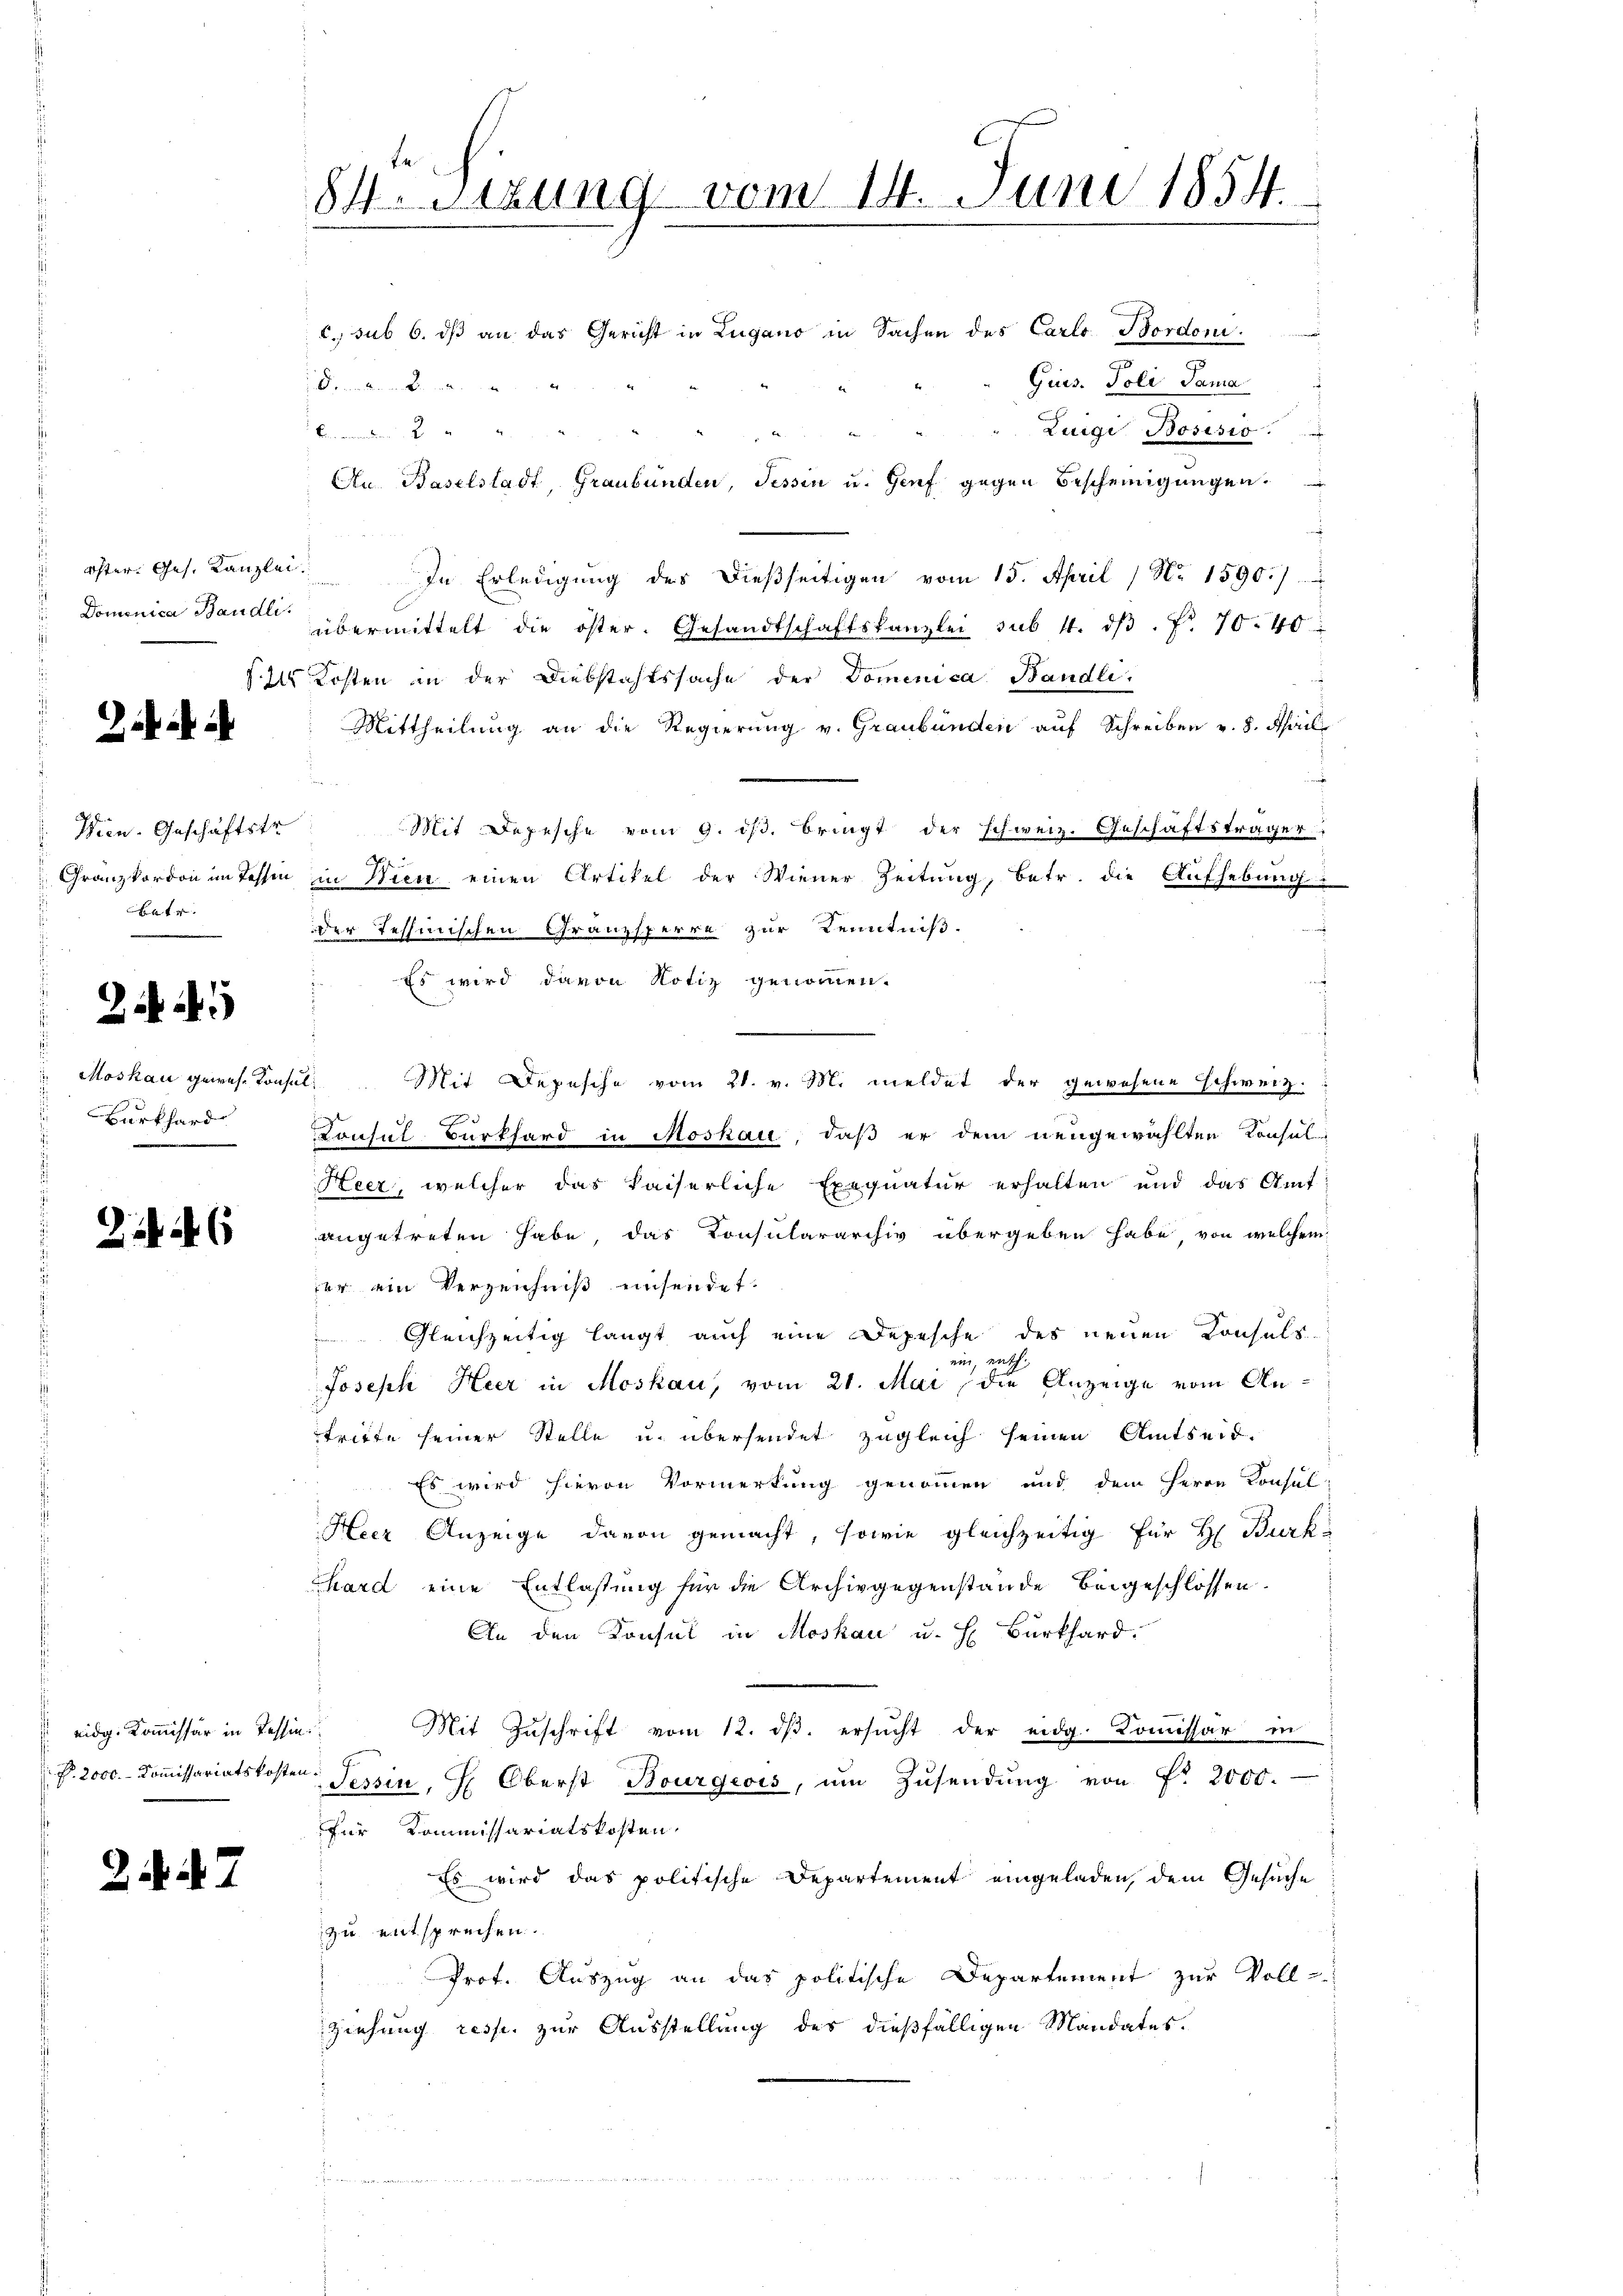
öster. Ges. Kanzlei
 Dominica Bändli

Wien. Geschäftstr
Granzkordon im Tessin
Betr
e

Z. 5

Moskau gewes. Konse
s
Burkhard
.

eidg. Kommissär in Tessin.

27

§ 21

84. Sitzung vom 14. Juni 1854.
c. sub 6. dß an das Gericht in Lugano in Sachen des Carlo Bordoni
Gues. Poli Sama
Gemahlen in die mit
"Zuige Bosisio

i. In Erledigung des dießseitigen vom 15. April / No. 1590./
übermittelt die öster. Gesandtschaftskanzlei sub 1. dβ. fr. 70. 40
 Kosten in der Diebstachtssache der Dominica Bändli
Mittheilung an die Regierung v. Graubünden auf Schreiben v. 8. April
Mit Depesche vom 9. dβ. bringt der schweiz. Geschäftsträger
in Wien einen Artikel der Wiener Zeitung, betr. die Aufhebung:
a
der Tessinischen Granzsperre zur Kenntniß.
Es wird davon Notiz genommen.
ul. Mit Depesche vom 21. v. M. meldet der gewesene Schweiz.
a
Konsul Burkhard in Moskau, daß er dem neugewählten Consul-
Heer, welcher das kaiserliche Exequatur erhalten und das Amt
angetreten habe, das Konsulararchiv übergeben habe, von welchem
er ein Verzeichniß einsendet.
Gleichzeitig langt auch eine Depesche des neuen Consuls
ein, mit
Joseph Heer in Moskau, vom 21. Mai die Anzeige vom Antritte seiner Stelle u. übersendet zugleich seinen Amtseid.
Es wird hievon Vormerkung genommen und dem Herrn Consul-
Heer Anzeige davon gemacht, sowie gleichzeitig für H. Burk
Thard eine Entlassung für die Archivgegenstände beigeschlossen.
An den Konsul in Moskau u. H. Burkhard.
Mit Zŭschrift vom 12. dβ. ersŭcht der eidg. Koṁissär in
P. 2000. Koṁissariatskosten Tessin, H. Oberst Bourgeois, ŭm Zŭsendŭng von Fr. 2000.
für Kommissariatskosten,
Es wird das politische Departement eingeladen, dem Gesuche
zu entsprechen.
Prot. Auszug an das politische Departement zur Voll-
Ziehung resp. zur Ausstellung des dießfälligen Mandates.

Au. Baselstadt, Graubünden, Tessin u. Genf gegen Bescheinigungen.